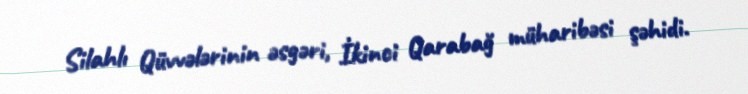
Silahlı Qüvvələrinin əsgəri, İkinci Qarabağ müharibəsi şəhidi.